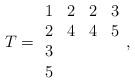
LaTeX: \begin{align*}T=\begin{array}{cccc}1&2&2&3\\2&4&4&5\\3&&&\\5\end{array},\end{align*}